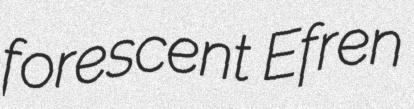
forescent Efren